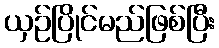
ယှဉ်ပြိုင်မည်ဖြစ်ပြီး